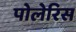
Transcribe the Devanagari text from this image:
पोलेरिस